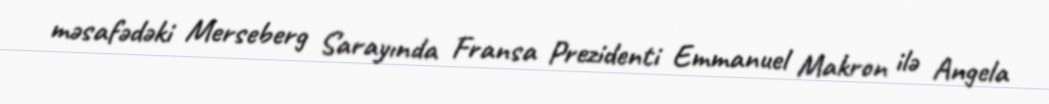
məsafədəki Merseberg Sarayında Fransa Prezidenti Emmanuel Makron ilə Angela